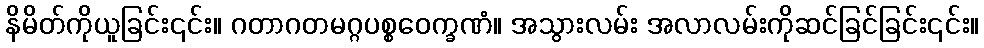
နိမိတ်ကိုယူခြင်း၎င်း။ ဂတာဂတမဂ္ဂပစ္စဝေက္ခဏံ။ အသွားလမ်း အလာလမ်းကိုဆင်ခြင်ခြင်း၎င်း။